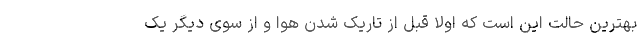
بهترین حالت این است که اولا قبل از تاریک شدن هوا و از سوی دیگر یک